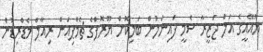
ޔޫއޭއީގެ އަލް ޖަޒީރާ ސެމީ ފައިނަލުން ބަލިކޮށް ޔޫރޮޕްގެ ޗެމްޕިއަން ރިއާލް މެޑްރިޑުން